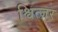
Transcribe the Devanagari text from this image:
श्वित्ज़र